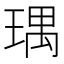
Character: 㻦